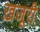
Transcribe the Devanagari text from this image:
ख़जूरी